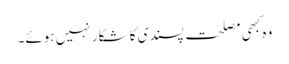
وہ کبھی مصلحت پسندی کا شکار نہیں ہوئے۔